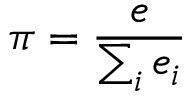
\pi = { \frac { e } { \sum _ { i } { e _ { i } } } }